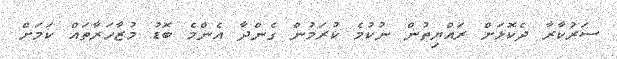
ސަރުކާރާ ދެކޮޅަށް ރައްޔިތުން ނުކުމެ ކުރަމުން ގެންދާ އެންމެ ބޮޑު މުޒާހަރާތައް ކަމަށް